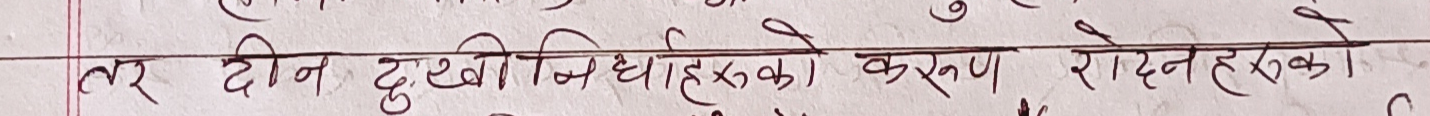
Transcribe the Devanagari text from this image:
तर दीन दुःखीधिहरूका करुण रोदनहरूका